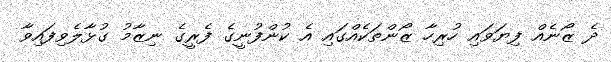
ދެ ޒޯނެއް ފިޔަވައި ހުރިހާ ޒޯންތަކެއްގައި އެ ކުންފުނީގެ ފެރީގެ ނިޒާމު ގުޅާލެވިފައިވާ